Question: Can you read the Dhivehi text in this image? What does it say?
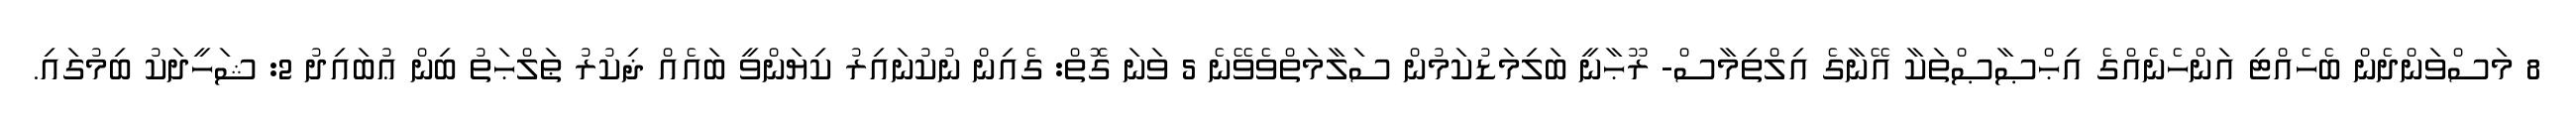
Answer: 8 މަސްވަންދެން ބެހެއްޓި އަންހެނެއްގެ އިޙްޞާޞްތަކާ އޭނާގެ އިލްތިމާސް- ރޫޙާނީ ބަލިމަޑުކަމުން ސަލާމަތްވެވޭނެ 5 ވަނަ ގޮތް: ގެއިން ނުކުނައިރު ކިޔަންވީ ބައެއް ޛިކުރު ޠަލްޙަތު ބިން ޢުބައިދު 2: ޝަހީދަކު ބިމުގައި.